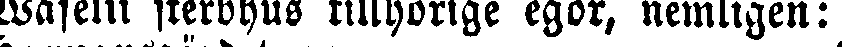
Waselii sterbhus tillhörige egor, nemligen: